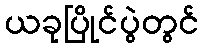
ယခုပြိုင်ပွဲတွင်